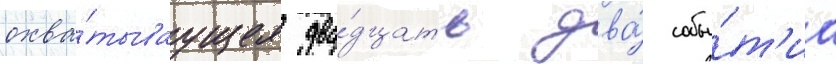
охва́тываущее два́дцать два́ собы́т'иа